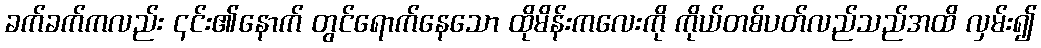
ခက်ခက်ကလည်း ၎င်း၏နောက် တွင်ရောက်နေသော ထိုမိန်းကလေးကို ကိုယ်တစ်ပတ်လည်သည်အထိ လှမ်း၍